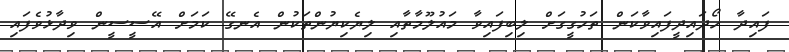
ފައިދާ ހޯދައިދީފައިވާކަން ތަހުގީގަށް ލިބިފައިވާ މައުލޫމާތާއި ލިޔެކިޔުންތަކުން އެނގޭ ކަމަށް އޭސީސީން ވިދާޅުވެފައި